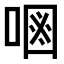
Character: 𠷝